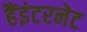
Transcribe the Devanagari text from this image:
हैंइंटरनेट